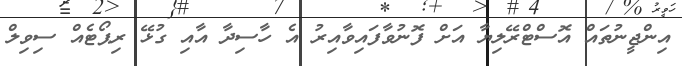
އިންޖީނުތައް އޮސްޓްރޭލިޔާ އަށް ފޮނުވާފައިވާއިރު އެ ހާސިދާ އާއި ގުޅޭ ރިޕޯޓެއް ސިވިލް